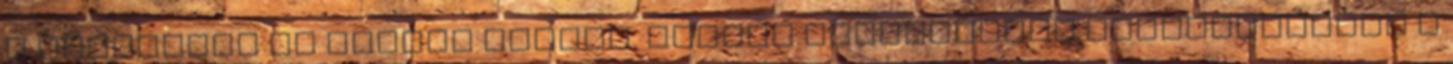
a Profertil jó hatású termék. Számos újszülöttet köszönthetünk a